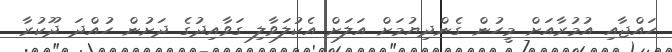
ހައްޖާއި އުމުރާއަށް މީހުން ގެންދިޔުމަށް އަލަށް އެކުލަވާލި ގަވާއިދުގެ ދަށުން ހުއްދަ ދޫކުރާ